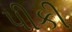
પીકી